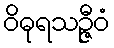
ဝိဓုရသဉ္ဇီဝံ